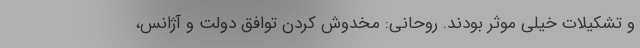
و تشکیلات خیلی موثر بودند. روحانی: مخدوش کردن توافق دولت و آژانس،‌